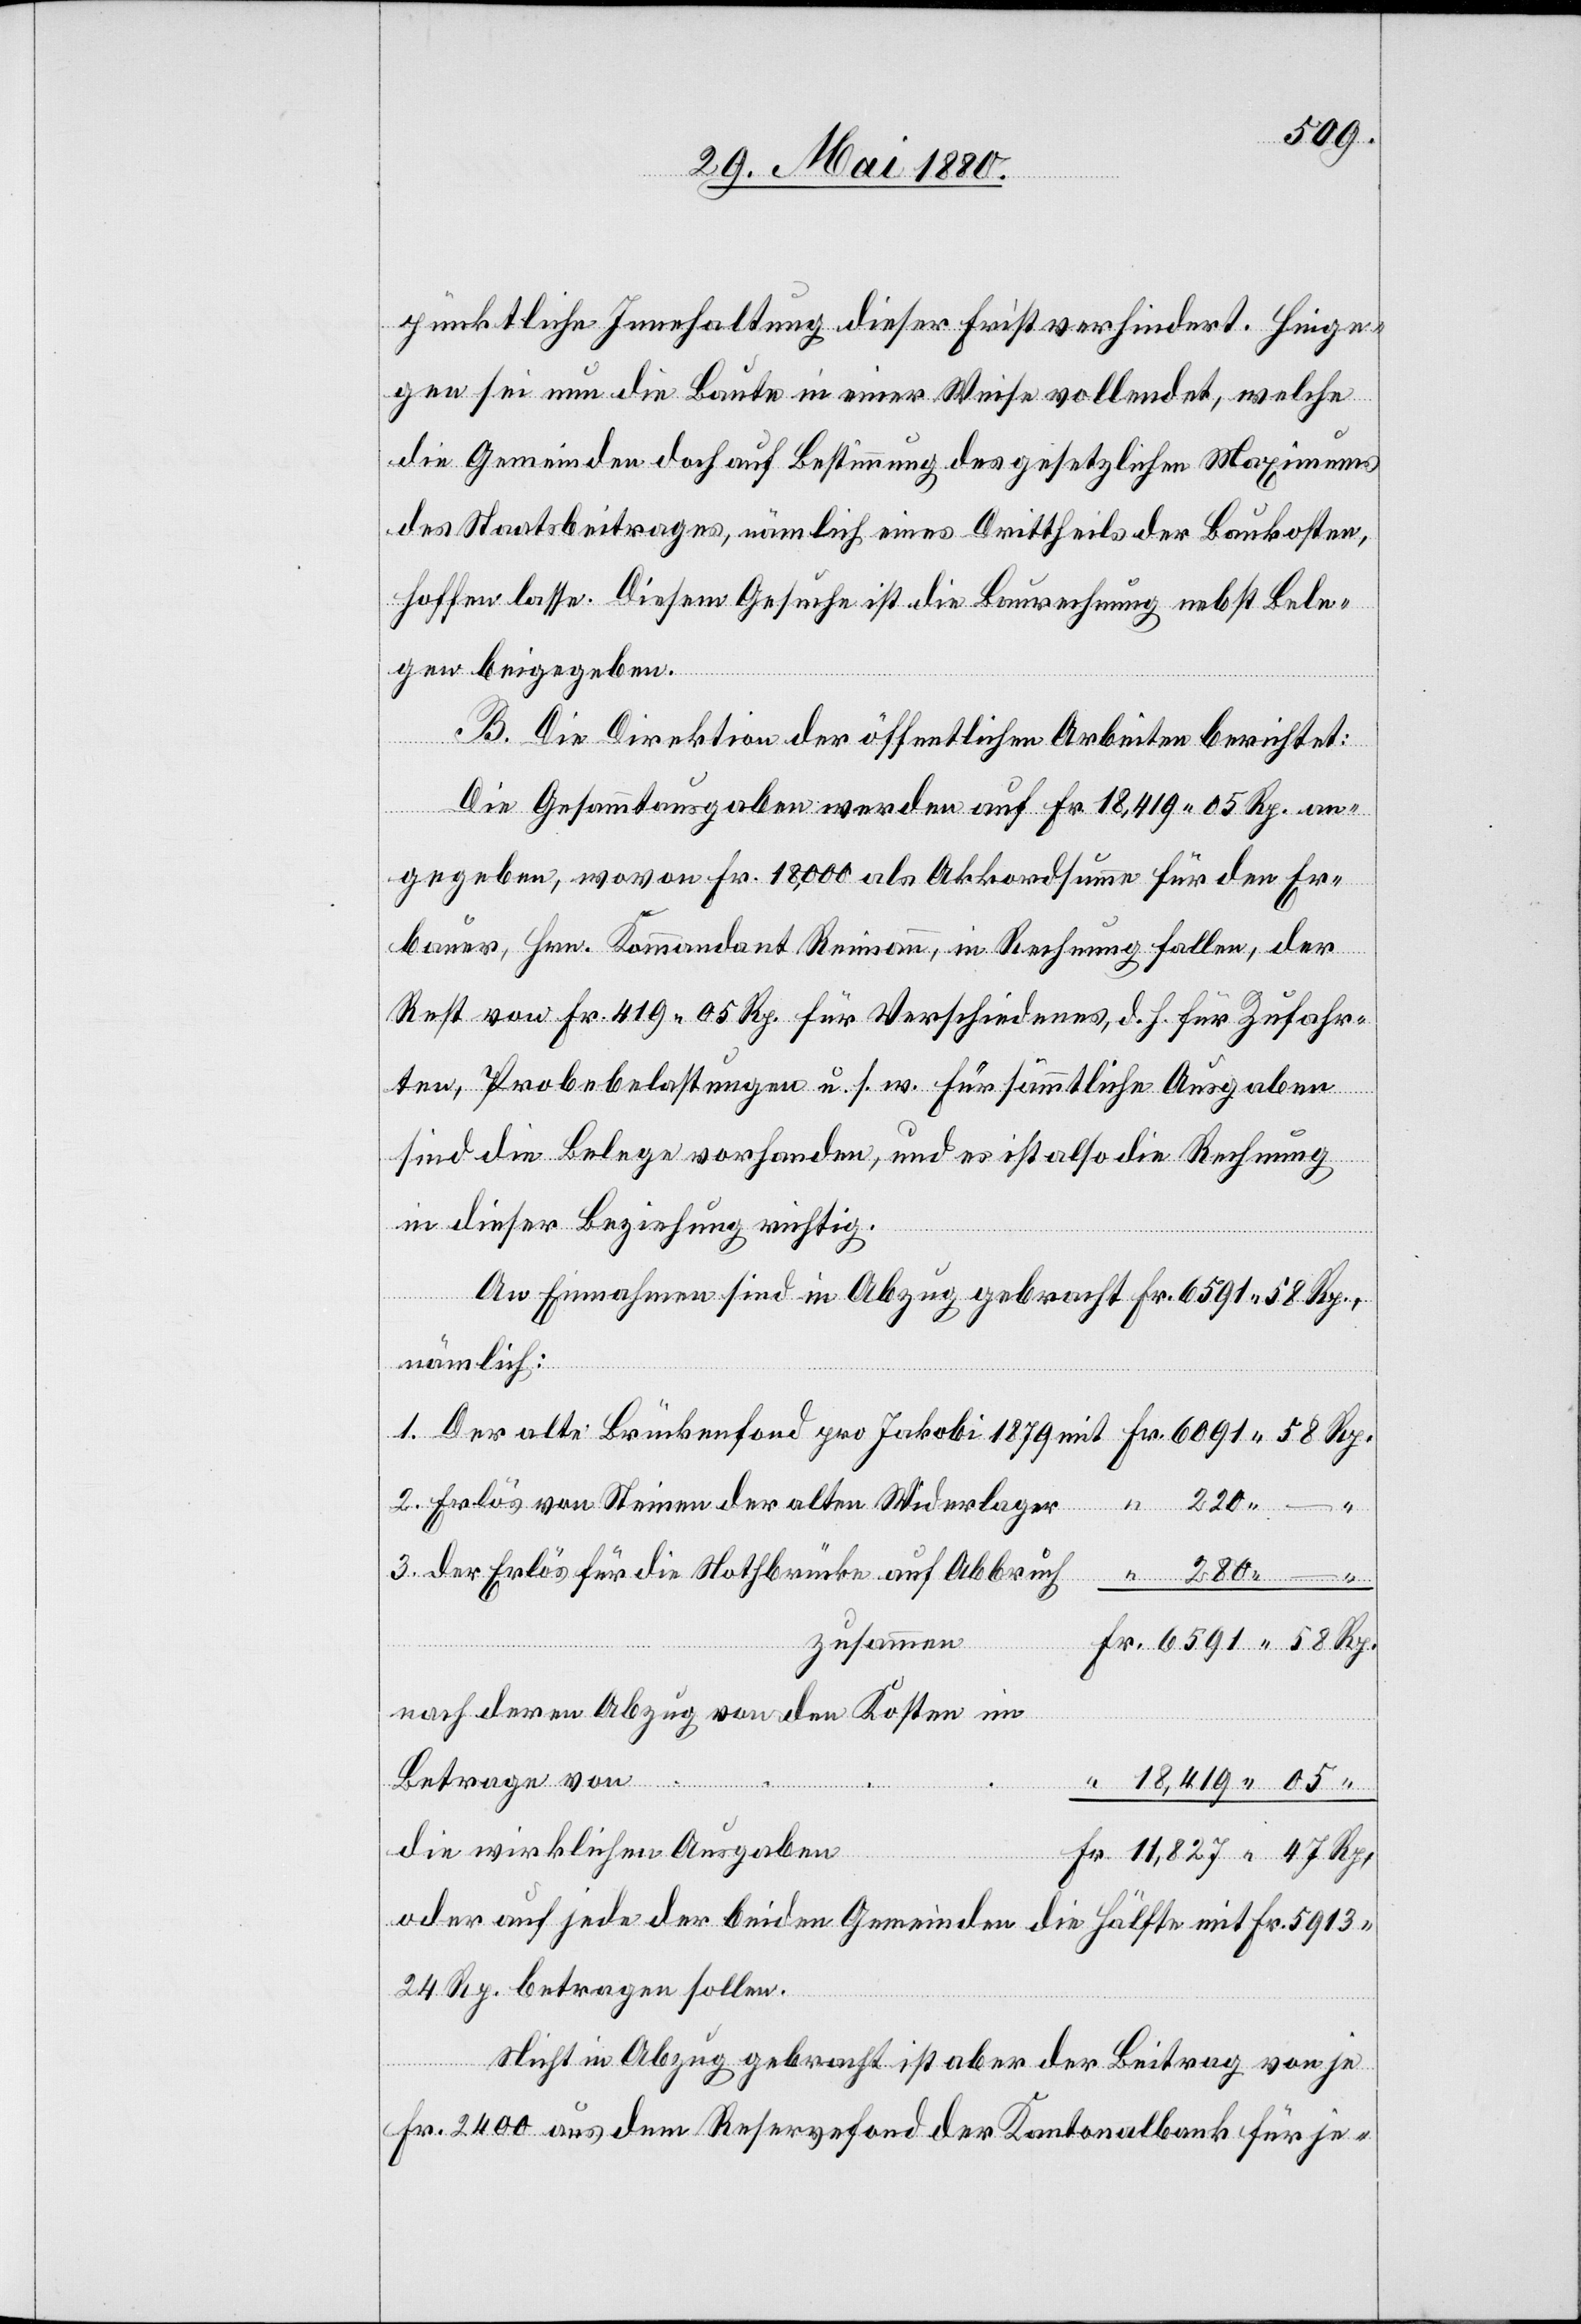
18,419.
Jakobi
pünktliche Innehaltung dieser Frist verhindert. Hiege¬
gen sei nun die Baute in einer Weise vollendet, welche
die Gemeinden doch auf Bestimmung des gesetzlichen Maximums
des Staatsbeitrages, nämlich eines Drittheils der Baukosten,
hoffen lasse. Diesem Gesuche ist die Baurechnung nebst Bele¬
gen beigegeben.
B. Die Direktion der öffentlichen Arbeiten berichtet:
Die Gesammtausgaben werden auf Fr. 18,419. 05 Rp. an¬
gegeben, wovon Fr. 18,000 als Akkordsumme für den Er¬
bauer, Hrn. Kommandant Reimann, in Rechnung fallen, der
Rest von Fr. 419. 05 Rp. für Verschiedenes, d. h. für Zufahr¬
ten, Probebelastungen u. s. w. für sämmtliche Ausgaben
sind die Belege vorhanden, und es ist also die Rechnung
in dieser Beziehung richtig.
An Einnahmen sind in Abzug gebracht Fr. 6591. 85 Rp.,
nämlich:
Erlös von Steinen der alten Widerlager
Rp.
Der Erlös für die Nothbrücke auf Abbruch
zusammen
Nach deren Abzug von den Kosten im
Betrage von
die wirklichen Ausgaben
oder auf jede der beiden Gemeinden die Hälfte mit Fr. 5913.
24 Rp. betragen sollen.
Nicht in Abzug gebracht ist aber der Beitrag von je
Fr. 2400 aus dem Reservefond der Kantonalbank für je-